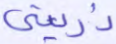
ذريتي